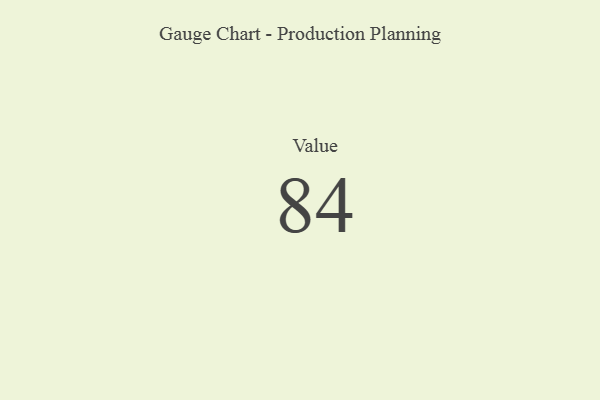
{"axis": {"x": "Metric", "y": "Value"}, "legend": [""], "data": [{"x": "Value", "y": 84, "type": ""}]}